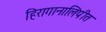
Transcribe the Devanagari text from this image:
हिरागानालिपीत